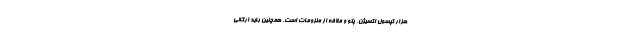
هزار کپسول اکسیژن، پتو و ملافه از ملزومات است، همچنین باید ارگانی